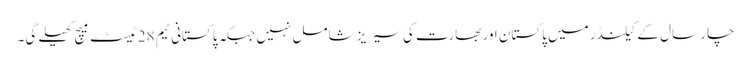
چار سال کے کیلنڈر میں پاکستان اور بھارت کی سیریز شامل نہیں جبکہ پاکستانی ٹیم 28 ٹیسٹ میچ کھیلے گی۔